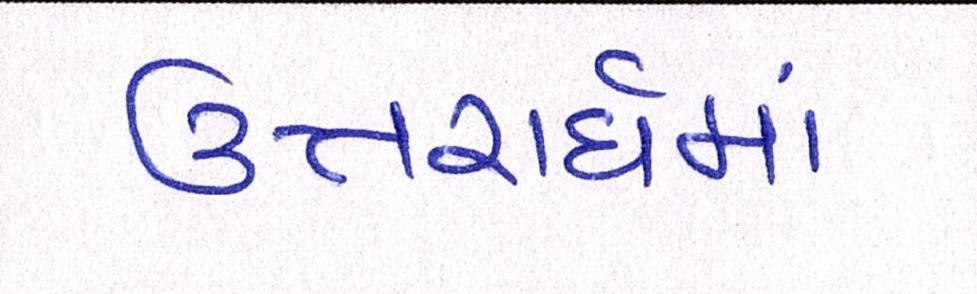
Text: ઉત્તરાર્ધમાં